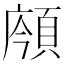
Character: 𩒯